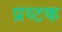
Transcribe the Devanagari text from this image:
प्रय्टक